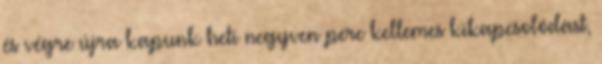
és végre újra kapunk heti negyven perc kellemes kikapcsolódást,